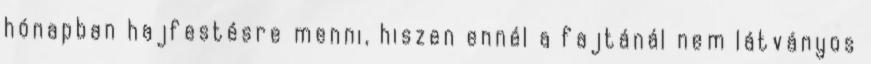
hónapban hajfestésre menni, hiszen ennél a fajtánál nem látványos